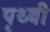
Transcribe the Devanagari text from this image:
पृथ्बी